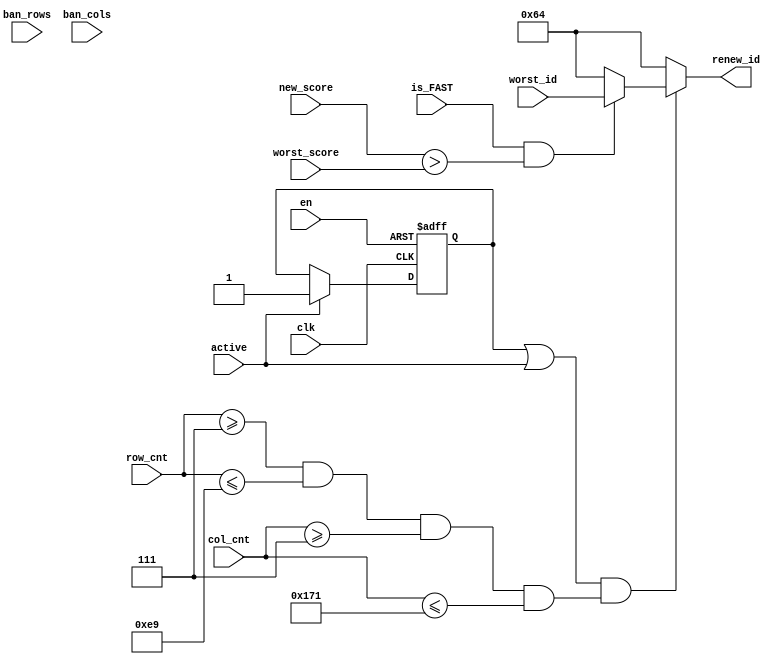
`timescale 1ns / 1ps
//////////////////////////////////////////////////////////////////////////////////
// Company: 
// Engineer: 
// 
// Design Name: 
// Module Name: new_patch
// Project Name: 
// Target Devices: 
// Tool Versions: 
// Description: 
// 
// Dependencies: 
// 
// Revision:
// Revision 0.01 - File Created
// Additional Comments:
// 
//////////////////////////////////////////////////////////////////////////////////


module special_patch (
    input clk,
    input en,
    input [7:0] row_cnt,
    input [8:0] col_cnt,
    input [14:0] new_score,
    input is_FAST,
    input active,
    input [14:0] worst_score,
    input [6:0] worst_id,
    input [239:0] ban_rows,
    input [375:0] ban_cols,
    output reg [6:0] renew_id
    );

reg [7:0] center_y;
reg [8:0] center_x;

// 
wire not_border = row_cnt >= 8'd7 && row_cnt <= 8'd233 && col_cnt >= 9'd7 && col_cnt <= 9'd369;
reg active_reg; // activewr_en
wire ban;
assign ban = ban_rows[row_cnt] == 1'b1 && ban_cols[col_cnt] == 1'b1 ? 1'b1 : 1'b0;
always @(posedge clk or negedge en) begin
    if (!en) begin
        active_reg <= 1'b0;
    end
    else begin
        if (active) begin
            active_reg <= 1'b1;
        end
        else begin
            active_reg <= active_reg;
        end
    end
end


always @(*) begin
    if((active_reg || active) && not_border) begin
        if (is_FAST && new_score > worst_score) begin
            renew_id = worst_id;
        end
        else begin
            renew_id = 7'd100;
        end
    end
    else begin
        renew_id = 7'd100;
    end
end


endmodule